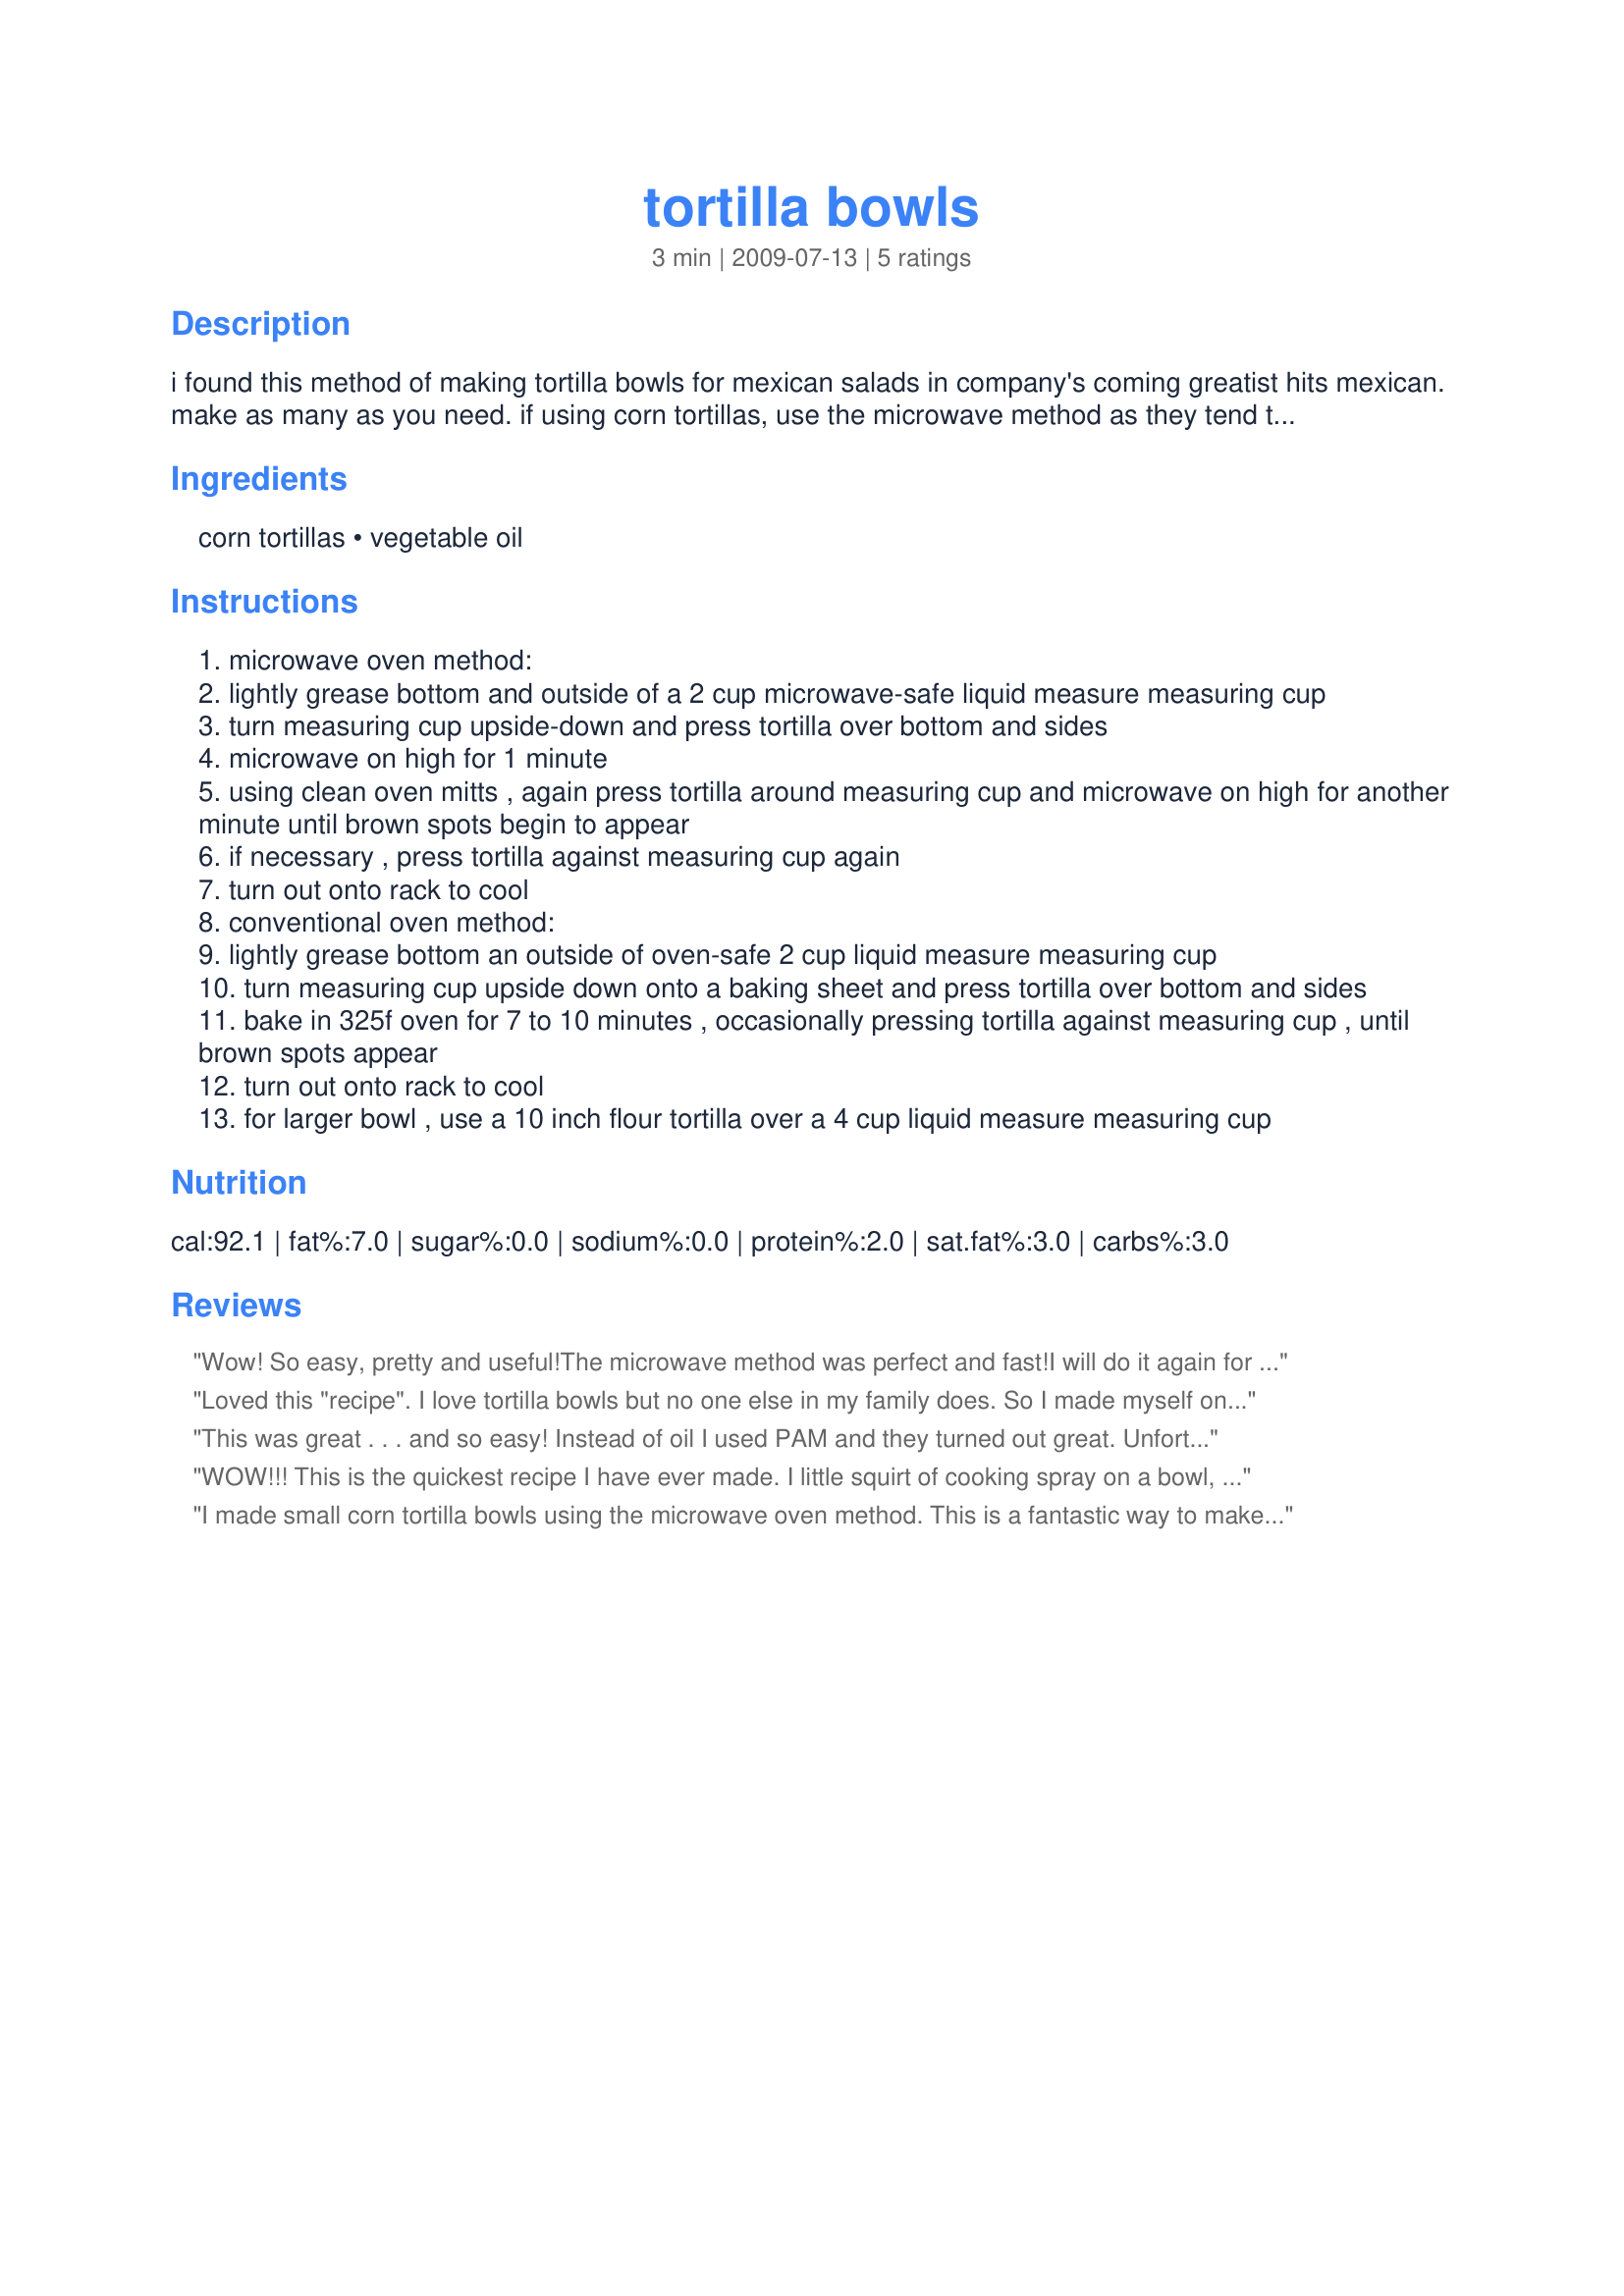
tortilla bowls
Preparation time: 3 minutes

i found this method of making tortilla bowls for mexican salads in company's coming greatist hits mexican. make as many as you need. if using corn tortillas, use the microwave method as they tend to crack in the oven.

Ingredients:
corn tortillas, vegetable oil

Steps:
microwave oven method:
lightly grease bottom and outside of a 2 cup microwave-safe liquid measure measuring cup
turn measuring cup upside-down and press tortilla over bottom and sides
microwave on high for 1 minute
using clean oven mitts , again press tortilla around measuring cup and microwave on high for another minute until brown spots begin to appear
if necessary , press tortilla against measuring cup again
turn out onto rack to cool
conventional oven method:
lightly grease bottom an outside of oven-safe 2 cup liquid measure measuring cup
turn measuring cup upside down onto a baking sheet and press tortilla over bottom and sides
bake in 325f oven for 7 to 10 minutes , occasionally pressing tortilla against measuring cup , until brown spots appear
turn out onto rack to cool
for larger bowl , use a 10 inch flour tortilla over a 4 cup liquid measure measuring cup

Reviews:
Wow! So easy, pretty and useful!<br/>The microwave method was perfect and fast!<br/>I will do it again for sure!
Loved this "recipe". I love tortilla bowls but no one else in my family does. So I made myself one (and then of course everyone else wanted one LOL) I followed the recipe other then I used olive oil instead of vegetable. Quick and very easy to make!
This was great . . . and so easy! Instead of oil I used PAM and they turned out great. Unfortunately my tortillas weren't the giant ones, so made smaller bowls and used them to serve a taco salad.
WOW!!! This is the quickest recipe I have ever made. I little squirt of cooking spray on a bowl, 1 minute in the microwave, shape and another 30 seconds in the microwave! The result is a crispy bowl that will hold any salad and would look great to serve sour cream or guacamole in. Perfect! EASY and very tasty. Made for Everyday's a Holiday Tag. Thanks Dreamer! :)
I made small corn tortilla bowls using the microwave oven method. This is a fantastic way to make quick taco bowls for anytime! Such a novelty-type recipe, too! Makes your friends and family envious of your kitchen ingenuity! Thanks, Dreamer! Made for 123 HW tag game.
